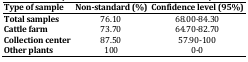
<table><thead><tr><td><b>Type of sample</b></td><td><b>Non-standard (%)</b></td><td><b>Confidence level (95%)</b></td></tr></thead><tbody><tr><td><b>Total samples</b></td><td>76.10</td><td>68.00-84.30</td></tr><tr><td><b>Cattle farm</b></td><td>73.70</td><td>64.70-82.70</td></tr><tr><td><b>Collection center</b></td><td>87.50</td><td>57.90-100</td></tr><tr><td><b>Other plants</b></td><td>100</td><td>0-0</td></tr></tbody></table>